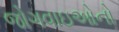
જોગવાઇઓનો